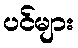
ပင်များ